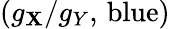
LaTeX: (g_{\mathbf{X}}/g_{Y},\, \mathrm{{blue}})